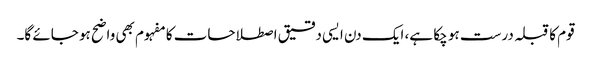
قوم کا قبلہ درست ہو چکا ہے، ایک دن ایسی دقیق اصطلاحات کا مفہوم بھی واضح ہو جائے گا۔